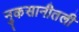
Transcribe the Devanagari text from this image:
नुकसानीतली